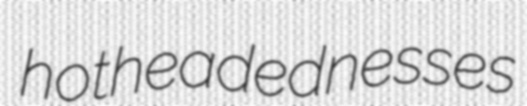
hotheadednesses